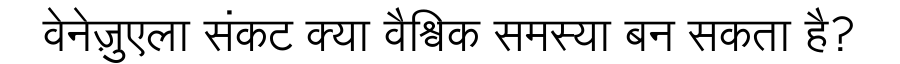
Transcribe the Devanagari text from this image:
वेनेज़ुएला संकट क्या वैश्विक समस्या बन सकता है?